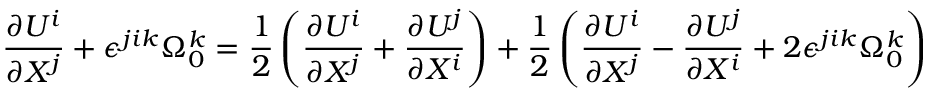
\frac { \partial U ^ { i } } { \partial X ^ { j } } + \epsilon ^ { j i k } \Omega _ { 0 } ^ { k } = \frac { 1 } { 2 } \left( { \frac { \partial U ^ { i } } { \partial X ^ { j } } + \frac { \partial U ^ { j } } { \partial X ^ { i } } } \right) + \frac { 1 } { 2 } \left( { \frac { \partial U ^ { i } } { \partial X ^ { j } } - \frac { \partial U ^ { j } } { \partial X ^ { i } } + 2 \epsilon ^ { j i k } \Omega _ { 0 } ^ { k } } \right)